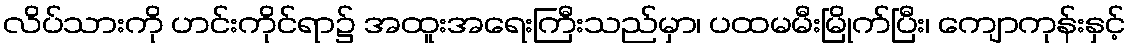
လိပ်သားကို ဟင်းကိုင်ရာ၌ အထူးအရေးကြီးသည်မှာ၊ ပထမမီးမြိုက်ပြီး၊ ကျောကုန်းနှင့်